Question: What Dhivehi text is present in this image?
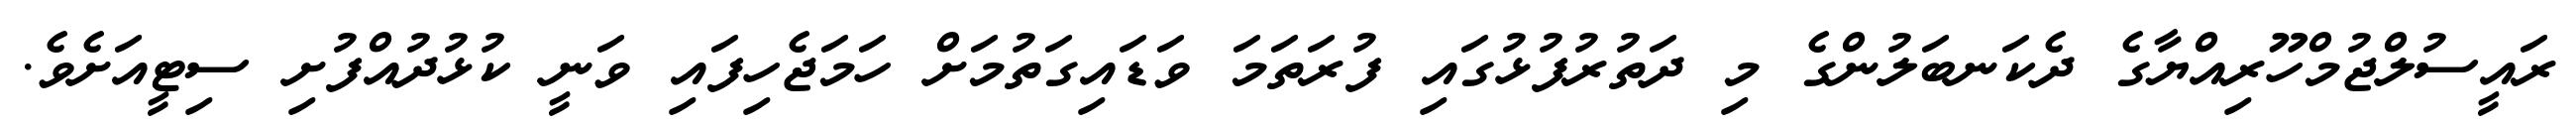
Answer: ރައީސުލްޖުމްހޫރިއްޔާގެ ދެކަނބަލުންގެ މި ދަތުރުފުޅުގައި ފުރަތަމަ ވަޑައިގަތުމަށް ހަމަޖެހިފައި ވަނީ ކުޅުދުއްފުށި ސިޓީއަށެވެ.